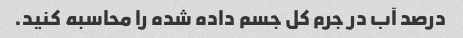
درصد آب در جرم کل جسم داده شده را محاسبه کنید.